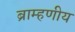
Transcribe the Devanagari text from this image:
ब्राम्हणीय